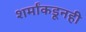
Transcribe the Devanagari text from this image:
शर्मांकडूनही